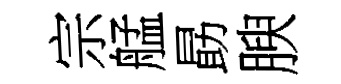
宗艋勗腴